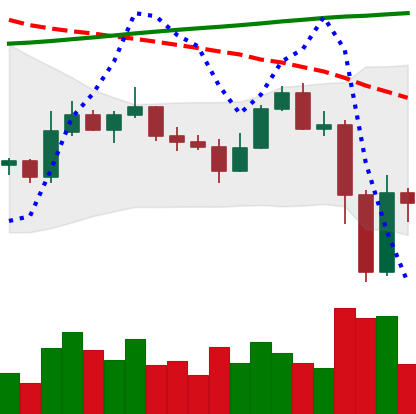
Ticker: ETC-USD
Chart end date: 2022-11-11
Forward return: -7.136%
Label: down_7plus